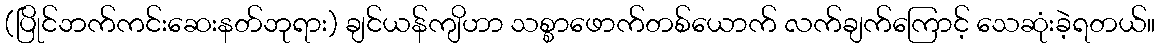
(ပြိုင်ဘက်ကင်းဆေးနတ်ဘုရား) ချင်ယန်ကျိဟာ သစ္စာဖောက်တစ်ယောက် လက်ချက်ကြောင့် သေဆုံးခဲ့ရတယ်။